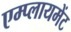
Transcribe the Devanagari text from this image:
एम्प्लायमेंट